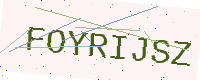
Text: FOYRIJSZ